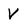
Character: V